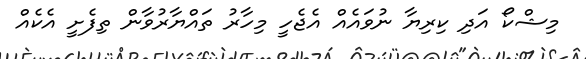
މިޝްކޯ އަދި ކިރިޔާ ނުވައެއް އެޖެހީ މިހާރު ތައްޔާރުވާން ތިފެށީ އެކެއް